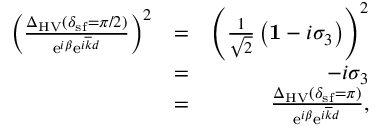
\begin{array} { r l r } { \left( \frac { \Delta _ { \mathrm { H V } } ( \delta _ { \mathrm { s f } } = \pi / 2 ) } { \mathrm { e } ^ { i \beta } \mathrm { e } ^ { i \overline { { k } } d } } \right) ^ { 2 } } & { = } & { \left( \frac { 1 } { \sqrt { 2 } } \left( { \bf 1 } - i \sigma _ { 3 } \right) \right) ^ { 2 } } \\ & { = } & { - i \sigma _ { 3 } } \\ & { = } & { \frac { \Delta _ { \mathrm { H V } } ( \delta _ { \mathrm { s f } } = \pi ) } { \mathrm { e } ^ { i \beta } \mathrm { e } ^ { i \overline { { k } } d } } , } \end{array}